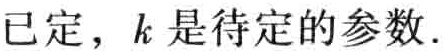
已定，$k$是待定的参数.